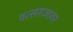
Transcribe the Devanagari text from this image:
वत्सराजावर